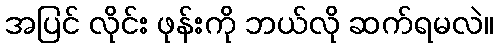
အပြင် လိုင်း ဖုန်းကို ဘယ်လို ဆက်ရမလဲ။